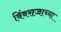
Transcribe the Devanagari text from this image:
बिंबराजाच्या